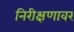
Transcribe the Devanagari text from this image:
निरीक्षणावर